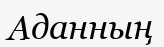
Аданның